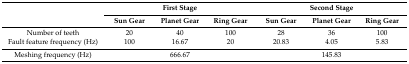
<table><thead><tr><td rowspan="2"></td><td colspan="3"><b>First Stage</b></td><td colspan="3"><b>Second Stage</b></td></tr><tr><td><b>Sun Gear</b></td><td><b>Planet Gear</b></td><td><b>Ring Gear</b></td><td><b>Sun Gear</b></td><td><b>Planet Gear</b></td><td><b>Ring Gear</b></td></tr></thead><tbody><tr><td>Number of teeth</td><td>20</td><td>40</td><td>100</td><td>28</td><td>36</td><td>100</td></tr><tr><td>Fault feature frequency (Hz)</td><td>100</td><td>16.67</td><td>20</td><td>20.83</td><td>4.05</td><td>5.83</td></tr><tr><td>Meshing frequency (Hz)</td><td colspan="3">666.67</td><td colspan="3">145.83</td></tr></tbody></table>